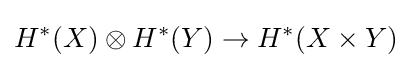
H^{*}(X)\otimes H^{*}(Y)\to H^{*}(X\times Y)